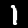
Digit: 1